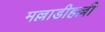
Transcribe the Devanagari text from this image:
मल्लाडीहल्ली